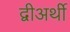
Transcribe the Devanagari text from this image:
द्वीअर्थी